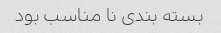
بسته بندی نا مناسب بود